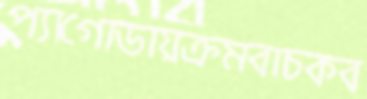
প্যাগোডায়ক্রমবাচকব